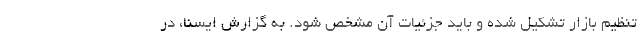
تنظیم بازار تشکیل شده و باید جزئیات آن مشخص شود. به گزارش ایسنا، در